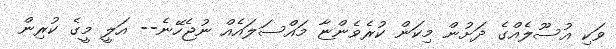
ވަކި އުސޫލެއްގެ ދަށުން މިކަން ކުރެވެންޏާ މައްސަލައެއް ނުޖެހޭނެ-- އަލީ މީގެ ކުރިން